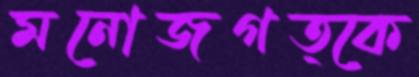
মনোজগত্কে